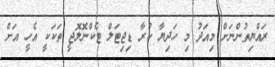
ރައްޔިތުންނަށް މިއަދު މި ހަދިޔާ ކުރާ ޑިޖިޓަލް ޓެކްނޮލޮޖީ ތަކަކީ އެހީ އަށް